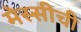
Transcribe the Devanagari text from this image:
मेस्सीची